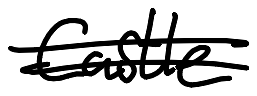
Text: Castle
Cross-out: double-line
Writing tool: digital_black